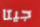
جيتا